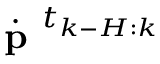
\dot { \textbf { p } } ^ { t _ { k - H : k } }